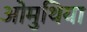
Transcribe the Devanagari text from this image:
ओमुथिया